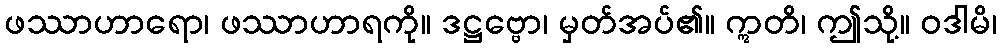
ဖဿာဟာရော၊ ဖဿာဟာရကို။ ဒဋ္ဌဗ္ဗော၊ မှတ်အပ်၏။ ဣတိ၊ ဤသို့။ ဝဒါမိ၊